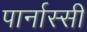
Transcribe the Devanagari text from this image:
पार्नास्सी